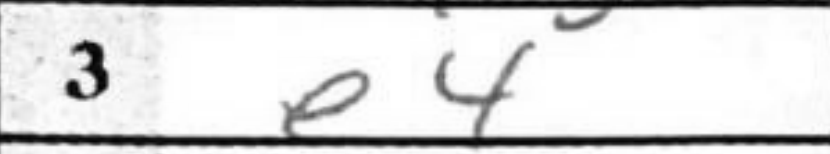
Transcription: e4